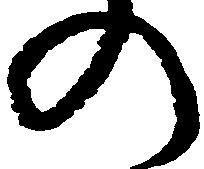
の